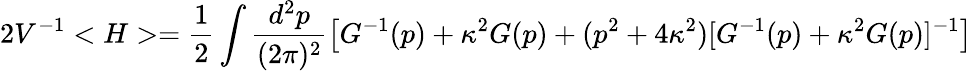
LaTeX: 2V^{-1}<H>=\frac{1}{2}\int\frac{d^{2}p}{(2\pi)^{2}}\left[G^{-1}(p)+\kappa^{2}G(p)+(p^{2}+4\kappa^{2})[G^{-1}(p)+\kappa^{2}G(p)]^{-1}\right]